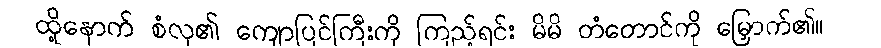
ထို့နောက် စံလှ၏ ကျောပြင်ကြီးကို ကြည့်ရင်း မိမိ တံတောင်ကို မြှောက်၏။